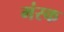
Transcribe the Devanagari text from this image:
मंस्क